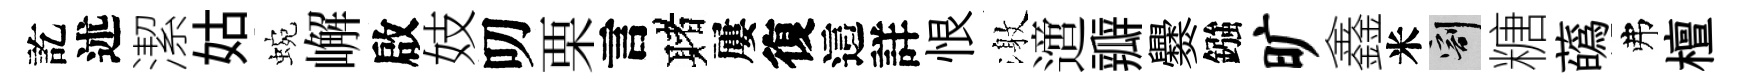
訖述潔姑蜿嶰啟妓叨栗言赌屢復這詳恨激𨗁瓣爨鏹旷鑫米割糖蘤弗檀